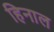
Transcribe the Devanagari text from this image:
हिनाल